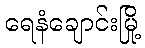
ရေနံချောင်းမြို့